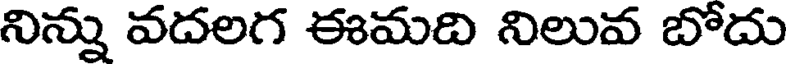
నిన్ను వదలగ ఈమది నిలువ బోదు